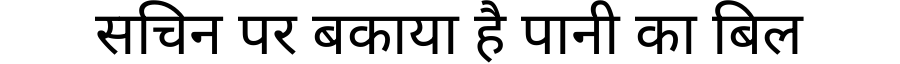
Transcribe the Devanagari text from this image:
सचिन पर बकाया है पानी का बिल